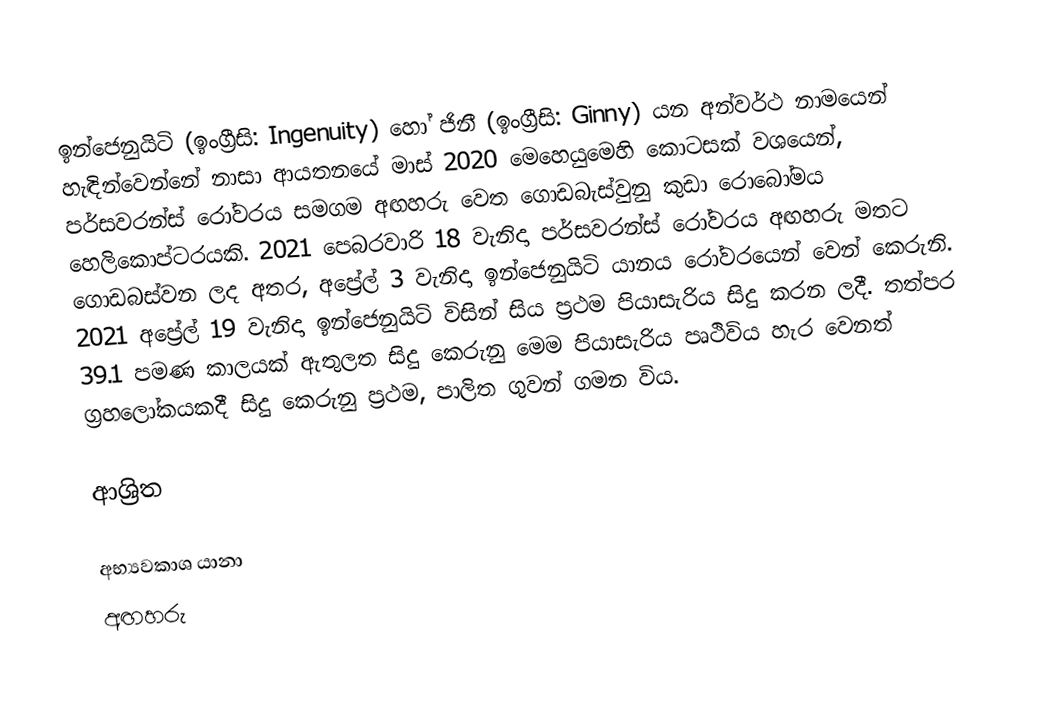
ඉන්ජෙනුයිටි (ඉංග්‍රීසි: Ingenuity) හෝ ජිනී (ඉංග්‍රීසි: Ginny) යන අන්වර්ථ නාමයෙන් හැඳින්වෙන්නේ නාසා ආයතනයේ මාස් 2020 මෙහෙයුමෙහි කොටසක් වශයෙන්, පර්සවරන්ස් රෝවරය සමගම අඟහරු වෙත ගොඩබැස්වුනු කුඩා රොබෝමය හෙලිකොප්ටරයකි. 2021 පෙබරවාරි 18 වැනිදා පර්සවරන්ස් රෝවරය අඟහරු මතට ගොඩබස්වන ලද අතර, අප්‍රේල් 3 වැනිදා ඉන්ජෙනුයිටි යානය රෝවරයෙන් වෙන් කෙරුනි. 2021 අප්‍රේල් 19 වැනිදා ඉන්ජෙනුයිටි විසින් සිය ප්‍රථම පියාසැරිය සිදු කරන ලදී. තත්පර 39.1 පමණ කාලයක් ඇතුලත සිදු කෙරුනු මෙම පියාසැරිය පෘථිවිය හැර වෙනත් ග්‍රහලෝකයකදී සිදු කෙරුනු ප්‍රථම, පාලිත ගුවන් ගමන විය.

ආශ්‍රිත

අභ්‍යවකාශ යානා
අඟහරු